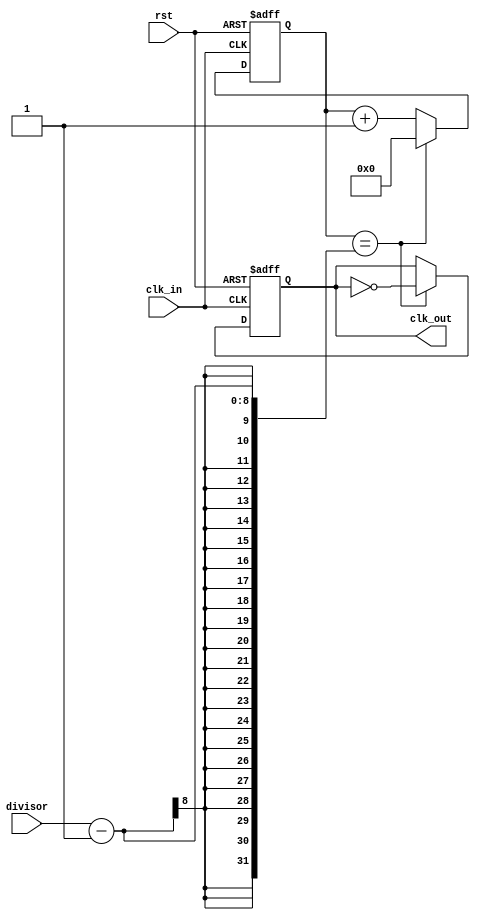
module fractional_clock_divider(
    input clk_in,
    input rst,
    input [7:0] divisor,
    output reg clk_out
);

reg [7:0] counter;

always @(posedge clk_in or posedge rst) begin
    if (rst) begin
        counter <= 8'h00;
        clk_out <= 1'b0;
    end else begin
        if (counter == divisor - 1) begin
            counter <= 8'h00;
            clk_out <= ~clk_out;
        end else begin
            counter <= counter + 1;
        end
    end
end

endmodule